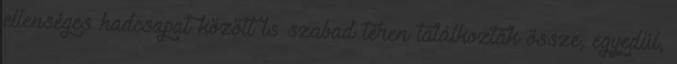
ellenséges hadcsapat között is szabad téren találkoztak össze, egyedül,